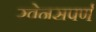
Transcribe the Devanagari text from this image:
रवेनसपर्ण